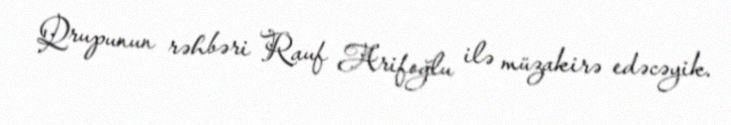
Qrupunun rəhbəri Rauf Arifoğlu ilə müzakirə edəcəyik.